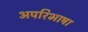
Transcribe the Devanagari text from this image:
अपरिभाषा